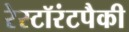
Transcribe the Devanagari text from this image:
रेस्टॉरंटपैकी